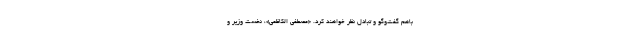
باهم گفت‌وگو و تبادل نظر خواهند کرد. «مصطفی الکاظمی»، نخست وزیر و